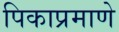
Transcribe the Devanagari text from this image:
पिकाप्रमाणे